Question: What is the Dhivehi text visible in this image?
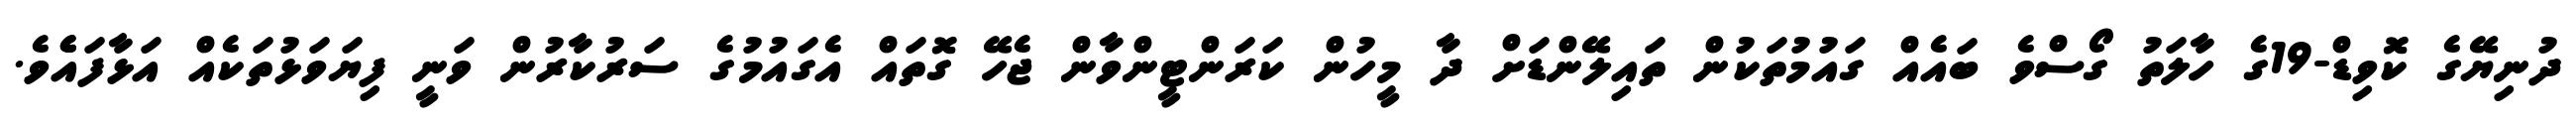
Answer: ދުނިޔޭގެ ކޮވިޑް-19ގެ ހާލަތު ގޯސްވެ ބައެއް ގައުމުތަކުން ތައިލޭންޑަށް ދާ މީހުން ކަރަންޓީންވާން ޖެހޭ ގޮތައް އެގައުމުގެ ސަރުކާރުން ވަނީ ފިޔަވަޅުތަކެއް އަޅާފައެެވެ.